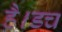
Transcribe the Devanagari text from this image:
है।डच